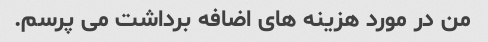
من در مورد هزینه های اضافه برداشت می پرسم.